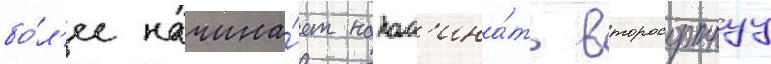
бо́л'ее начина́ет напом'ина́ть второсортнуу